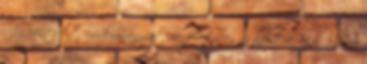
Az érintett Önkormányzat rendeletében az üzletek éjjel 22 óra